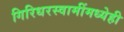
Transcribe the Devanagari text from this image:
गिरिधरस्वामींमध्येही